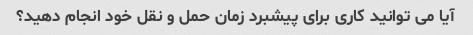
آیا می توانید کاری برای پیشبرد زمان حمل و نقل خود انجام دهید؟